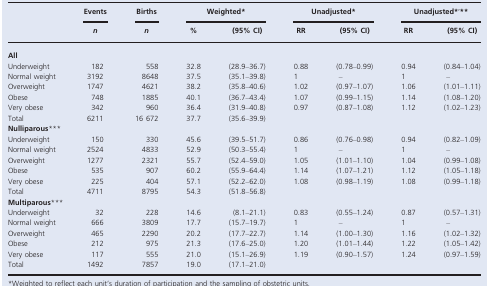
<table><thead><tr><td></td><td><b>Events</b></td><td><b>Births</b></td><td colspan="2"><b>Weighted*</b></td><td colspan="2"><b>Unadjusted*</b></td><td colspan="2"><b>Unadjusted*<sup>,</sup>**</b></td></tr><tr><td></td><td><b><i>n</i></b></td><td><b><i>n</i></b></td><td><b>%</b></td><td><b>(95% CI)</b></td><td><b>RR</b></td><td><b>(95% CI)</b></td><td><b>RR</b></td><td><b>(95% CI)</b></td></tr></thead><tbody><tr><td colspan="9"><b>All</b></td></tr><tr><td>Underweight</td><td>182</td><td>558</td><td>32.8</td><td>(28.9–36.7)</td><td>0.88</td><td>(0.78–0.99)</td><td>0.94</td><td>(0.84–1.04)</td></tr><tr><td>Normal weight</td><td>3192</td><td>8648</td><td>37.5</td><td>(35.1–39.8)</td><td>1</td><td>–</td><td>1</td><td>–</td></tr><tr><td>Overweight</td><td>1747</td><td>4621</td><td>38.2</td><td>(35.8–40.6)</td><td>1.02</td><td>(0.97–1.07)</td><td>1.06</td><td>(1.01–1.11)</td></tr><tr><td>Obese</td><td>748</td><td>1885</td><td>40.1</td><td>(36.7–43.4)</td><td>1.07</td><td>(0.99–1.15)</td><td>1.14</td><td>(1.08–1.20)</td></tr><tr><td>Very obese</td><td>342</td><td>960</td><td>36.4</td><td>(31.9–40.8)</td><td>0.97</td><td>(0.87–1.08)</td><td>1.12</td><td>(1.02–1.23)</td></tr><tr><td>Total</td><td>6211</td><td>16 672</td><td>37.7</td><td>(35.6–39.9)</td><td></td><td></td><td></td><td></td></tr><tr><td colspan="9"><b>Nulliparous</b>***</td></tr><tr><td>Underweight</td><td>150</td><td>330</td><td>45.6</td><td>(39.5–51.7)</td><td>0.86</td><td>(0.76–0.98)</td><td>0.94</td><td>(0.82–1.09)</td></tr><tr><td>Normal weight</td><td>2524</td><td>4833</td><td>52.9</td><td>(50.3–55.4)</td><td>1</td><td>–</td><td>1</td><td>–</td></tr><tr><td>Overweight</td><td>1277</td><td>2321</td><td>55.7</td><td>(52.4–59.0)</td><td>1.05</td><td>(1.01–1.10)</td><td>1.04</td><td>(0.99–1.08)</td></tr><tr><td>Obese</td><td>535</td><td>907</td><td>60.2</td><td>(55.9–64.4)</td><td>1.14</td><td>(1.07–1.21)</td><td>1.12</td><td>(1.05–1.18)</td></tr><tr><td>Very obese</td><td>225</td><td>404</td><td>57.1</td><td>(52.2–62.0)</td><td>1.08</td><td>(0.98–1.19)</td><td>1.08</td><td>(0.99–1.18)</td></tr><tr><td>Total</td><td>4711</td><td>8795</td><td>54.3</td><td>(51.8–56.8)</td><td></td><td></td><td></td><td></td></tr><tr><td colspan="9"><b>Multiparous</b>***</td></tr><tr><td>Underweight</td><td>32</td><td>228</td><td>14.6</td><td>(8.1–21.1)</td><td>0.83</td><td>(0.55–1.24)</td><td>0.87</td><td>(0.57–1.31)</td></tr><tr><td>Normal weight</td><td>666</td><td>3809</td><td>17.7</td><td>(15.7–19.7)</td><td>1</td><td>–</td><td>1</td><td>–</td></tr><tr><td>Overweight</td><td>465</td><td>2290</td><td>20.2</td><td>(17.7–22.7)</td><td>1.14</td><td>(1.00–1.30)</td><td>1.16</td><td>(1.02–1.32)</td></tr><tr><td>Obese</td><td>212</td><td>975</td><td>21.3</td><td>(17.6–25.0)</td><td>1.20</td><td>(1.01–1.44)</td><td>1.22</td><td>(1.05–1.42)</td></tr><tr><td>Very obese</td><td>117</td><td>555</td><td>21.0</td><td>(15.1–26.9)</td><td>1.19</td><td>(0.90–1.57)</td><td>1.24</td><td>(0.97–1.59)</td></tr><tr><td>Total</td><td>1492</td><td>7857</td><td>19.0</td><td>(17.1–21.0)</td><td></td><td></td><td></td><td></td></tr></tbody></table>